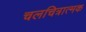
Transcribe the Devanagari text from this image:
चलचित्रात्मक